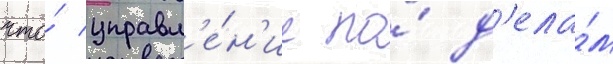
что́ управл'е́н'ие по́ д'ела́м